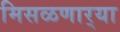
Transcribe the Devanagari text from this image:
मिसळणार्‍या